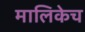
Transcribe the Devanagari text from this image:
मालिकेच